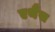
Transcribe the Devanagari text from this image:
एथैंस